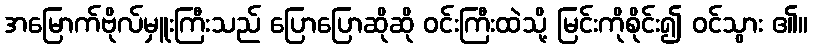
အမြောက်ဗိုလ်မှူးကြီးသည် ပြောပြောဆိုဆို ဝင်းကြီးထဲသို့ မြင်းကိုစိုင်း၍ ဝင်သွား ၏။